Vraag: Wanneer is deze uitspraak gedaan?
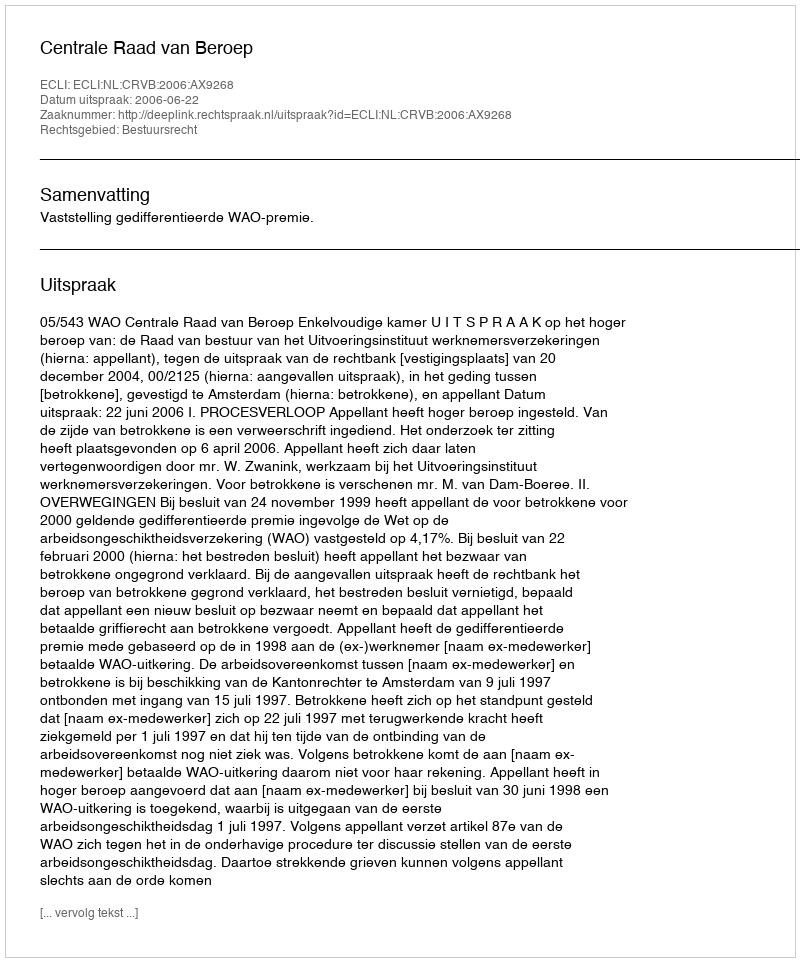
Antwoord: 2006-06-22